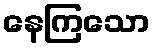
နေကြသော